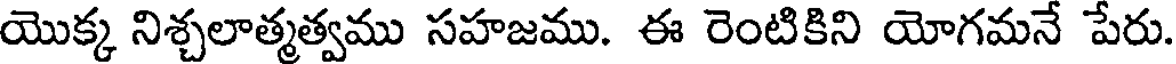
యొక్క నిశ్చలాత్మత్వము సహజము. ఈ రెంటికిని యోగమనే పేరు.